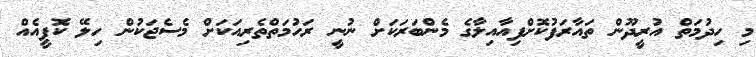
މި ހިދުމަތް އުރީދޫން ތައާރަފުކޮށްފިއާއިލާގެ މެންބަރަކަށް ނުނީ ރަހުމަތްތެރިއަކަށް މެސެޖަކުން ހިލޭ ކޮފީއެއް